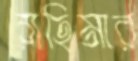
রাহিমার